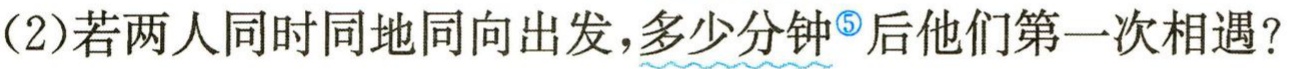
(2)若两人同时同地同向出发，多少分钟<sup>\textcircled{5}</sup>后他们第一次相遇？